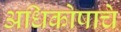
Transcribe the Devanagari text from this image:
अधिकोषाचे